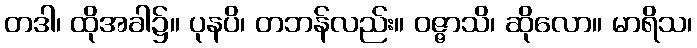
တဒါ၊ ထိုအခါ၌။ ပုနပိ၊ တဘန်လည်း။ ဝဇ္ဇာသိ၊ ဆိုလော။ မာရိသ၊